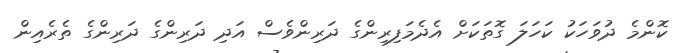
ކޮންމެ ދުވަހަކު ކަހަލަ ގޮތަކަށް އެދެމަފިރިންގެ ދަރިންވެސް އަދި ދަރިންގެ ދަރިންގެ ތެރެއިން